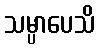
သမ္ပာပေသိ